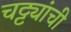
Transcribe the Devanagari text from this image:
चट्ट्यांची